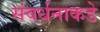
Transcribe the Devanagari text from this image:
संवर्धनाकडे